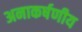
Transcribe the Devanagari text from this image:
अनाकर्षणीय